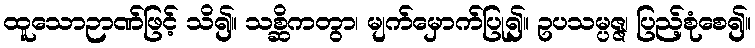
ထူသောဉာဏ်ဖြင့် သိ၍။ သစ္ဆိကတွာ၊ မျက်မှောက်ပြု၍။ ဥပသမ္ပဇ္ဇ၊ ပြည့်စုံစေ၍။